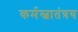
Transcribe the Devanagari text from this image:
कर्मस्वातंत्रय